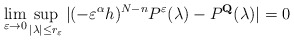
\begin{align*} \lim_{\varepsilon\rightarrow 0}\sup_{|\lambda|\leq r_\varepsilon} |(- \varepsilon^\alpha h)^{N-n}P^\varepsilon(\lambda)-P^\mathbf{Q}(\lambda)|=0\end{align*}